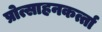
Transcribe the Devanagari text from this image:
प्रोत्साहनकर्त्ता